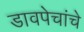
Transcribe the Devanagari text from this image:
डावपेचांचे